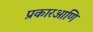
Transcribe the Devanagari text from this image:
प्रकारआणि